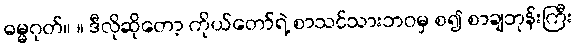
ဓမ္မဂုတ်။ ။ ဒီလိုဆိုတော့ ကိုယ်တော်ရဲ့ စာသင်သားဘဝမှ စ၍ စာချဘုန်းကြီး